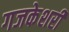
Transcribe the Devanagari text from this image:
गजकेशरी